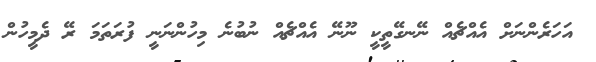
އަހަރެންނަށް އެއްޗެއް ނޭނގޭތީކީ ނޫނޭ އެއްޗެއް ނުބުނެ މިހުންނަނީ ފުރަތަމަ ރޭ ދެމީހުން